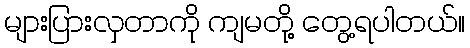
များပြားလှတာကို ကျမတို့ တွေ့ရပါတယ်။